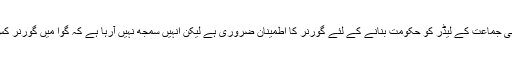
ان کا کہنا تھا کہ کسی بھی جماعت کے لیڈر کو حکومت بنانے کے لئے گورنر کا اطمینان ضروری ہے لیکن انہیں سمجھ نہیں آرہا ہے کہ گوا میں گورنر کس بنیاد پر مطمئن ہوگئیں۔